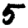
Digit: 5